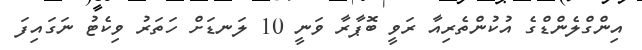
އިންގްލެންޑްގެ އުކުންތެރިއާ ރަވީ ބޮޕާރާ ވަނީ 10 ލަނޑަށް ހަތަރު ވިކެޓު ނަގައިފަ